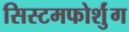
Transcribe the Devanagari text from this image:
सिस्टमफोर्शुंग